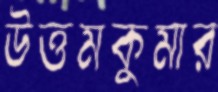
উত্তমকুমার